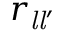
r _ { { \mathit { l } } { \mathit { l } } ^ { \prime } }